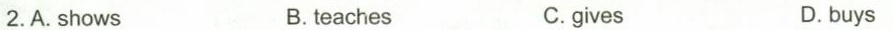
2.A. Shows B. teaches C.gives D. buys